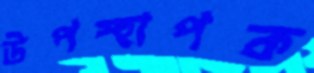
উপস্হাপক